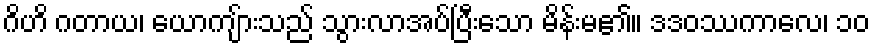
ဂိဟိ ဂတာယ၊ ယောကျ်ားသည် သွားလာအပ်ပြီးသော မိန်းမ၏။ ဒဒဝဿကာလေ၊ ၁၀